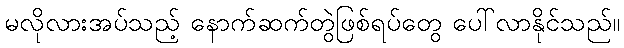
မလိုလားအပ်သည့် နောက်ဆက်တွဲဖြစ်ရပ်တွေ ပေါ်လာနိုင်သည်။